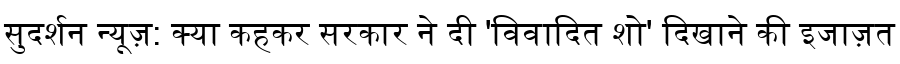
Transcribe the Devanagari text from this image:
सुदर्शन न्यूज़: क्या कहकर सरकार ने दी 'विवादित शो' दिखाने की इजाज़त